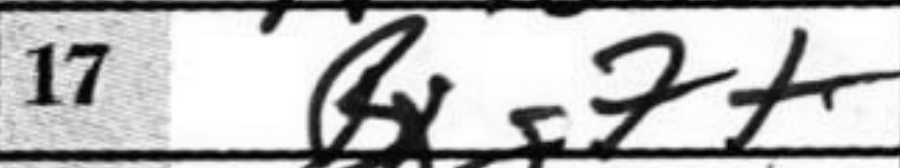
Transcription: Bxg7+